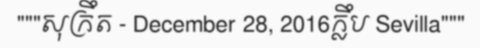
"""សុក្រឹត - December 28, 2016ក្លឹប Sevilla"""